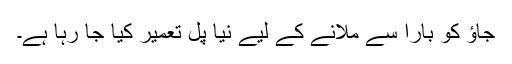
جاؤ کو بارا سے ملانے کے لیے نیا پل تعمیر کیا جا رہا ہے۔